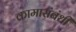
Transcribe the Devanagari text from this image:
कामासंबंधी